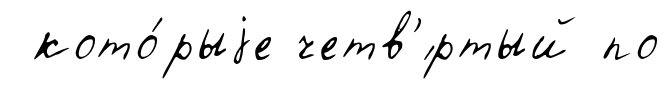
кото́рыjе четв'́ртый по